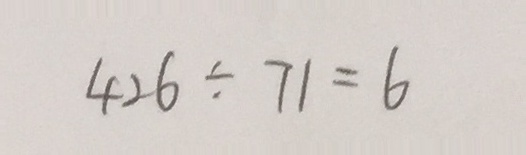
4 2 6 \div 7 1 = 6